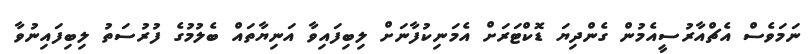
ނަމަވެސް އެޗްއާރުސީއެމުން ގެންދިޔަ ޑޮކްޓަރަށް އެމަނިކުފާނަށް ލިބިފައިވާ އަނިޔާތައް ބެލުމުގެ ފުރުސަތު ލިބިފައިނުވާ